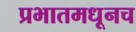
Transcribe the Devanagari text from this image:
प्रभातमधूनच